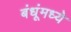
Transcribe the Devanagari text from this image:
बंधूंमध्ये